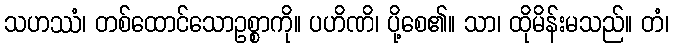
သဟဿံ၊ တစ်ထောင်သောဥစ္စာကို။ ပဟိဏိ၊ ပို့စေ၏။ သာ၊ ထိုမိန်းမသည်။ တံ၊